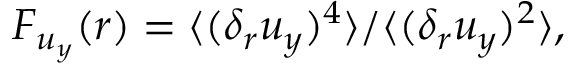
F _ { u _ { y } } ( r ) = \langle ( \delta _ { r } u _ { y } ) ^ { 4 } \rangle / \langle ( \delta _ { r } u _ { y } ) ^ { 2 } \rangle ,